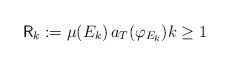
\begin{align*}\mathsf{R}_{k}:=\mu(E_{k})\,a_{T}(\varphi_{E_{k}})k\geq1\end{align*}